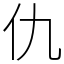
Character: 仇